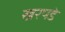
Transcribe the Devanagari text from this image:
खरपडे